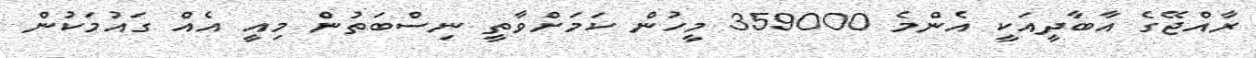
ރާއްޖޭގެ އާބާދީއަކީ އެންމެ 359000 މީހުން ކަމަށްވާތީ ނިސްބަތުން މިއީ އެއް ގައުމަކުން